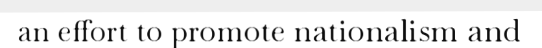
an effort to promote nationalism and